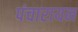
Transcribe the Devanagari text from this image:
पंचारायन